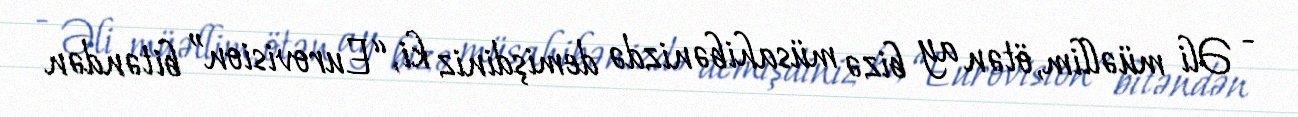
- Əli müəllim, ötən ay bizə müsahibənizdə demişdiniz ki, “Eurovision” bitəndən